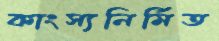
কাংস্যনির্মিত